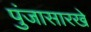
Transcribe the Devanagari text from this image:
पुंजासारखे